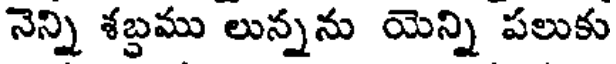
నెన్ని శబ్దము లున్నను యెన్ని పలుకు